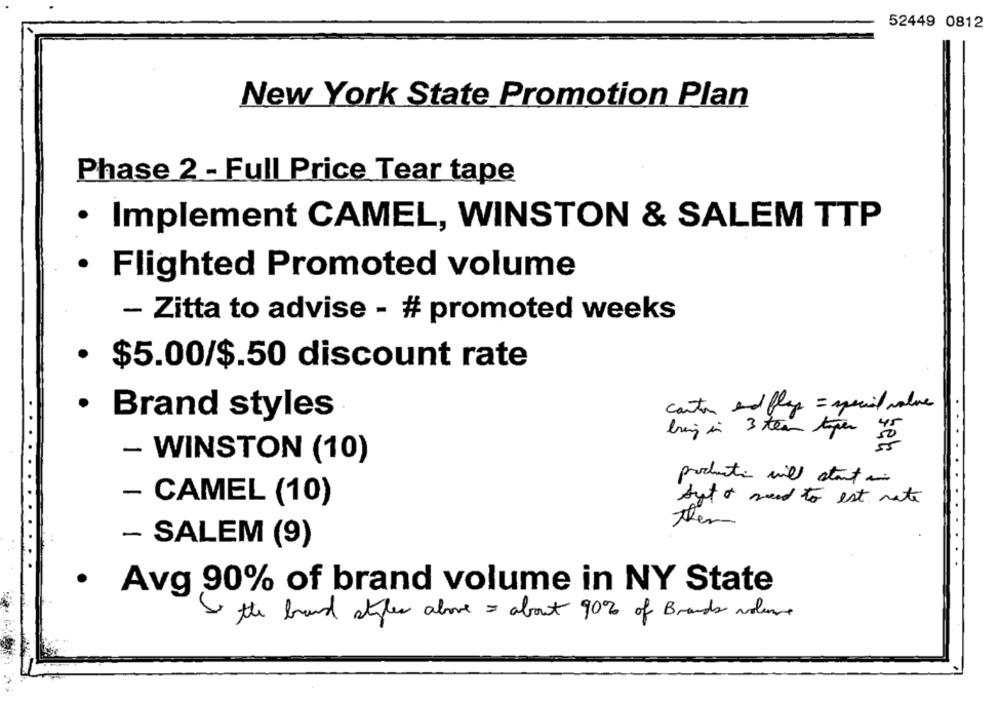
52449 0812
New York State Promotion Plan
Phase 2 - Full Price Tear tape
· Implement CAMEL, WINSTON & SALEM TTP
· Flighted Promoted volume
- Zitta to advise - # promoted weeks
· $5.00/$.50 discount rate
carta and flyg = special value
· Brand styles
bring in 3 tear toper só
- WINSTON (10)
productie will start in
- CAMEL (10)
Auto need to est nate
them
- SALEM (9)
· Avg 90% of brand volume in NY State
Is the brand styles above = about 90% of Brands volume